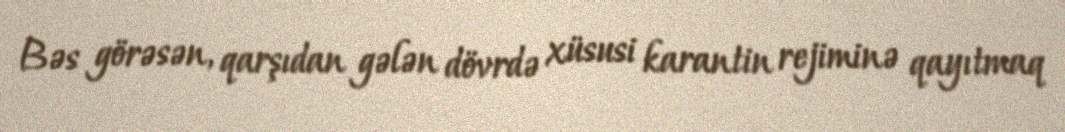
Bəs görəsən, qarşıdan gələn dövrdə xüsusi karantin rejiminə qayıtmaq